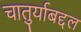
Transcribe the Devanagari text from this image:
चातुर्याबद्दल